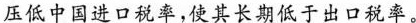
压低中国进口税率，使其长期低于出口税率。